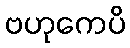
ဗဟုကေပိ